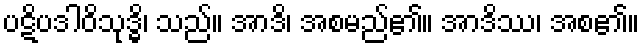
ပဋိပဒါဝိသုဒ္ဓိ၊ သည်။ အာဒိ၊ အစမည်၏။ အာဒိဿ၊ အစ၏။